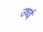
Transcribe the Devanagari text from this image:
उधई